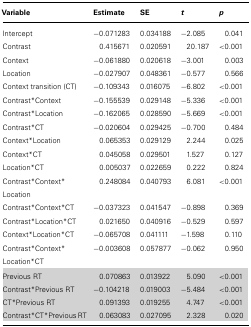
| Variable | Estimate | SE | t | p |
 | --- | --- | --- | --- | --- |
 | Intercept | -0.071283 | 0.034188 | -2.085 | 0.041 |
 | Contrast | 0.415671 | 0.020591 | 20.187 | <0.001 |
 | Context | -0.061880 | 0.020618 | -3.001 | 0.003 |
 | Location | -0.027907 | 0.048361 | -0.577 | 0.566 |
 | Context transition (CT) | -0.109343 | 0.016075 | -6.802 | <0.001 |
 | Contrast*Context | -0.155539 | 0.029148 | -5.336 | <0.001 |
 | Contrast*Location | -0.162065 | 0.028590 | -5.669 | <0.001 |
 | Contrast*CT | -0.020604 | 0.029425 | -0.700 | 0.484 |
 | Context*Location | 0.065353 | 0.029129 | 2.244 | 0.025 |
 | Context*CT | 0.045058 | 0.029501 | 1.527 | 0.127 |
 | Location*CT | 0.005037 | 0.022659 | 0.222 | 0.824 |
 | Contrast*Context*Location | 0.248084 | 0.040793 | 6.081 | <0.001 |
 | Contrast*Context*CT | -0.037323 | 0.041547 | -0.898 | 0.369 |
 | Contrast*Location*CT | 0.021650 | 0.040916 | -0.529 | 0.597 |
 | Context*Location*CT | -0.065708 | 0.041111 | -1.598 | 0.110 |
 | Contrast*Context*Location*CT | -0.003608 | 0.057877 | -0.062 | 0.950 |
 | Previous RT | 0.070863 | 0.013922 | 5.090 | <0.001 |
 | Contrast*Previous RT | -0.104218 | 0.019003 | -5.484 | <0.001 |
 | CT*Previous RT | 0.091393 | 0.019255 | 4.747 | <0.001 |
 | Contrast*CT*Previous RT | 0.063083 | 0.027095 | 2.328 | 0.020 |